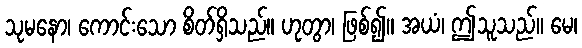
သုမနော၊ ကောင်းသော စိတ်ရှိသည်။ ဟုတွာ၊ ဖြစ်၍။ အယံ၊ ဤသူသည်။ မေ၊